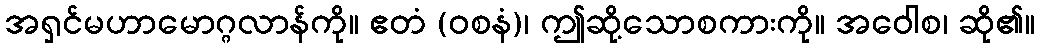
အရှင်မဟာမောဂ္ဂလာန်ကို။ ဧတံ (ဝစနံ)၊ ဤဆို့သောစကားကို။ အဝေါစ၊ ဆို၏။